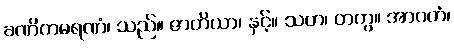
ခဏိကမရဏံ၊ သည်။ ဇာတိယာ၊ နှင့်။ သဟ၊ တကွ။ အာဂတံ၊